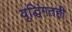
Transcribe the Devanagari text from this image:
वृद्धिंगतही